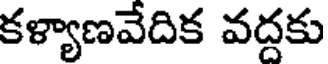
కళ్యాణవేదిక వద్దకు